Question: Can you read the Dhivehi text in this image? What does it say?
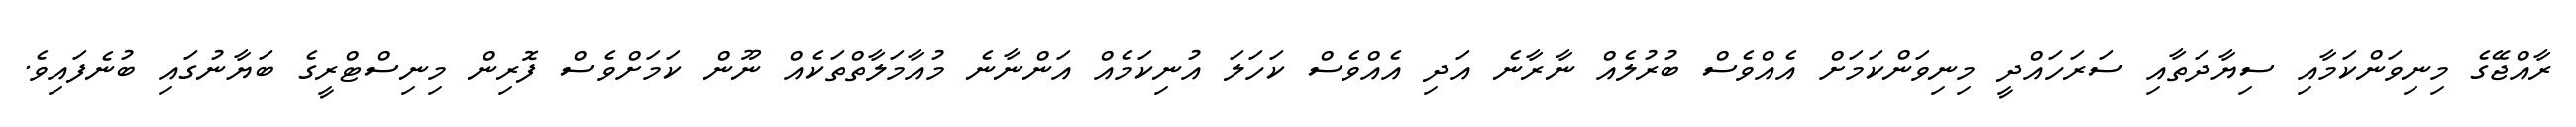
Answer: ރާއްޖޭގެ މިނިވަންކަމާއި ސިޔާދަތާއި ސަރަހައްދީ މިނިވަންކަމަށް އެއްވެސް ބުރުލެއް ނާރާނެ އަދި އެއްވެސް ކަހަލަ އުނިކަމެއް އަންނާނެ މުއާމަލާތްތަކެއް ނޫން ކަމަށްވެސް ފޮރިން މިނިސްޓްރީގެ ބަޔާނުގައި ބުނެފައިވެ.